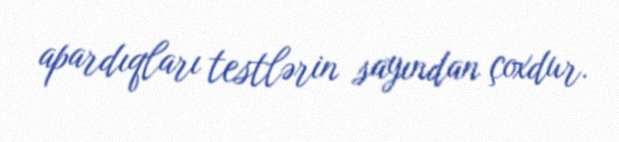
apardıqları testlərin sayından çoxdur.